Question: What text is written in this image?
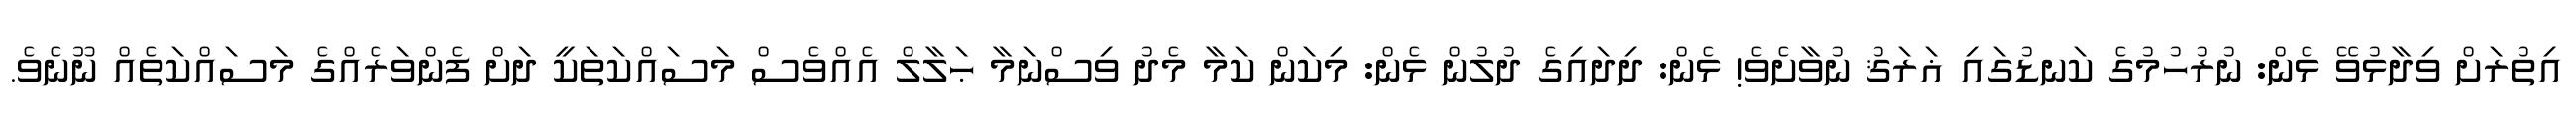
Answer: އިތުރަށް ވިދާޅުވޭ ޅެން: ނުރުހުމުގެ ކަނޑުގައި ޣަރަޤު ނުވާށެވެ! ޅެން: ދިދައިގެ ދުލުން ޅެން: މިކަން ކަމާ މެދު ވިސްނަމާ ޙަލާލް އެއްވެސް މަސައްކަތަކީ ދަށް ފެންވަރެއްގެ މަސައްކަތެއް ނޫނެވެ.